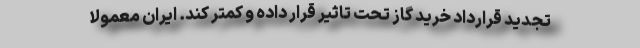
تجدید قرارداد خرید گاز تحت تاثیر قرار داده و کمتر کند. ایران معمولا